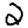
Digit: 2